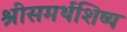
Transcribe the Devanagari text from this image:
श्रीसमर्थशिष्य